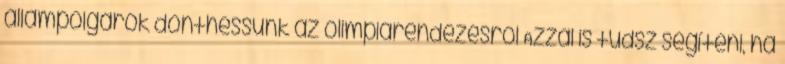
állampolgárok dönthessünk az olimpiarendezésről Azzal is tudsz segíteni, ha